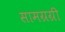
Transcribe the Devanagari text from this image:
सामग्रग्री